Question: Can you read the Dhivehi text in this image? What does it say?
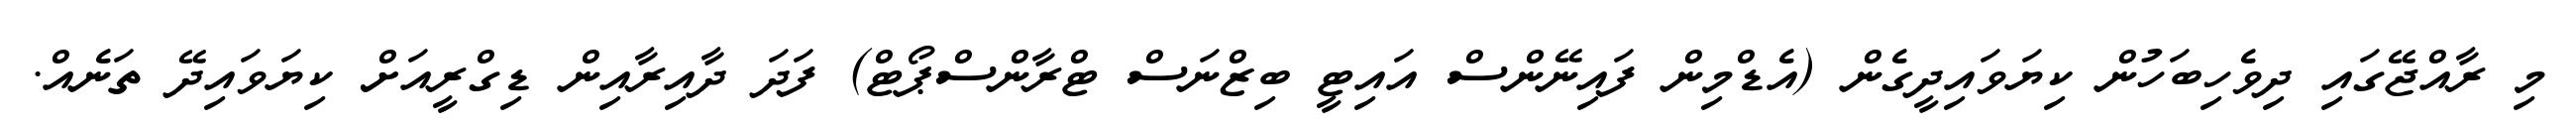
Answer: މި ރާއްޖޭގައި ދިވެހިބަހުން ކިޔަވައިދީގެން (އެޑްމިން ފައިނޭންސް އައިޓީ ބިޒްނަސް ޓްރާންސްޕޯޓް) ފަދަ ދާއިރާއިން ޑިގްރީއަށް ކިޔަވައިދޭ ތަނެއް.